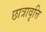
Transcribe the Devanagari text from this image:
छात्रावृत्ति